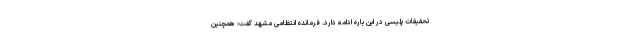
تحقیقات پلیسی در این باره ادامه دارد. فرمانده انتظامی مشهد گفت: همچنین